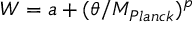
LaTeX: W = a + ( \theta / M _ { P l a n c k } ) ^ { p }